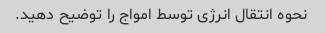
نحوه انتقال انرژی توسط امواج را توضیح دهید.